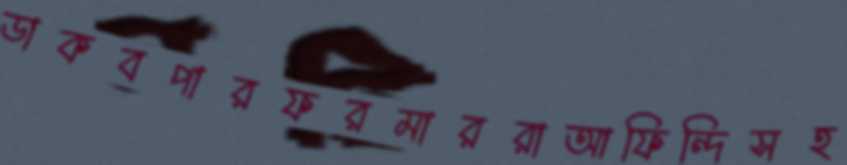
ডাকবপারফরমাররাআফিন্দিসহ